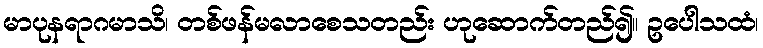
မာပုနရာဂမာသိ၊ တစ်ဖန်မလာစေသတည်း ဟုဆောက်တည်၍။ ဥပေါသထံ၊